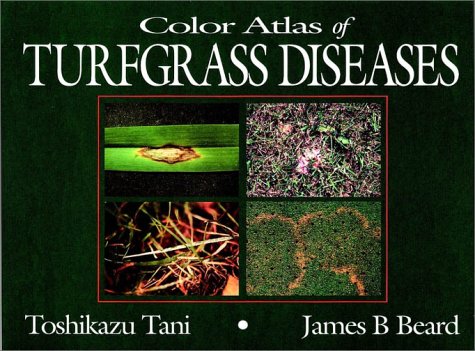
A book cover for Color Atlas of Turfgrass Diseases; Toshikazu Tani; Science & Math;